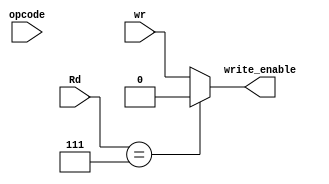
module R7_wr_handler(opcode,Rd,wr,write_enable);
	input [2:0] Rd;
	input [3:0] opcode;
	input wr;
	output reg write_enable;
	
	always@(*)
	begin
		if(Rd==3'b111)
			write_enable=1'b0;
		else
			write_enable=wr;
	end

endmodule